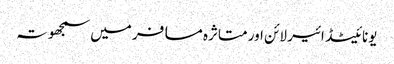
یونائیٹڈ ائیر لائن اور متاثرہ مسافر میں سمجھوتہ